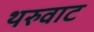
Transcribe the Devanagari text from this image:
थरुवाट